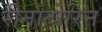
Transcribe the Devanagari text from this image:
रीनात्पेरिन